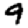
Digit: 9